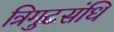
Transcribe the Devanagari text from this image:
त्रिगुटसंधि